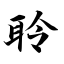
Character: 聆